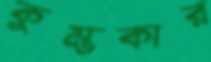
কুম্ভকার